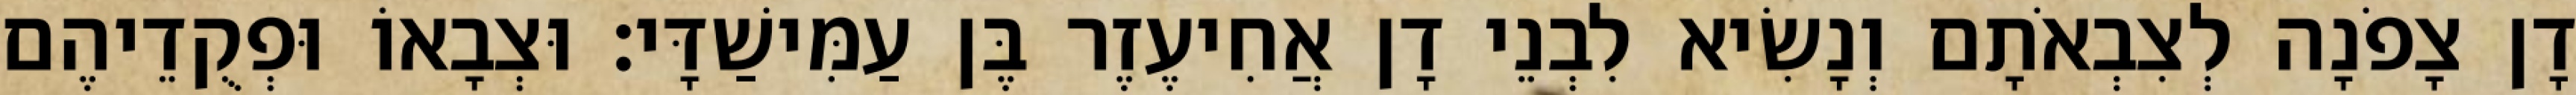
דָן צָפֹנָה לְצִבְאֹתָם וְנָשִׂיא לִבְנֵי דָן אֲחִיעֶזֶר בֶּן עַמִּישַׁדָּי׃ וּצְבָאוֹ וּפְקֻדֵיהֶם